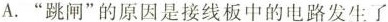
A.”跳闸”的原因是接线板中的电路发生了